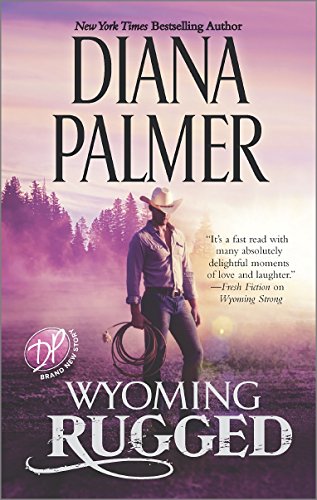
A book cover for Wyoming Rugged (Wyoming Men); Diana Palmer; Romance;